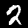
Label: 2